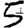
Digit: 5